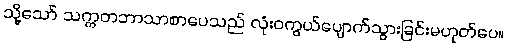
သို့သော် သက္ကတဘာသာစာပေသည် လုံးဝကွယ်ပျောက်သွားခြင်းမဟုတ်ပေ။